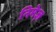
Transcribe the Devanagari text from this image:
निमेज़